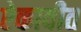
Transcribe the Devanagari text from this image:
ऐकावीत